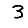
Digit: 3